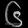
Digit: ၆